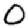
Digit: 0